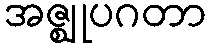
အဇ္ဈုပဂတာ